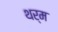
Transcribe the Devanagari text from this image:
थर्म